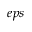
e p s